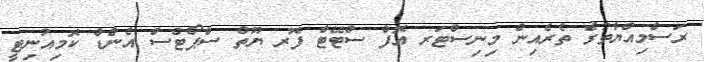
ރަސްމިއްޔާތުގެ ތެރެއިން މިނިސްޓަރ އޮފް ސްޓޭޓް ފޮރ ޔޫތް ސްޕޯޓްސް އެންޑް ކޮމިއުނިޓީ